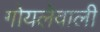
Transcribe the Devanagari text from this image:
गोयलेवाली